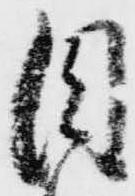
目